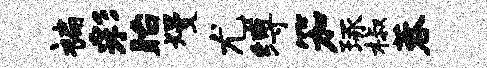
褊彩眙熳尤缚笳琢椒蓉